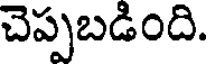
చెప్పబడింది.